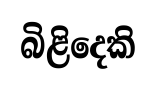
බිළිදෙකි